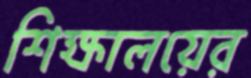
শিক্ষালয়ের